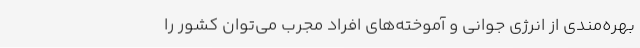
بهره‌مندی از انرژی‌ جوانی و آموخته‌های افراد مجرب می‌توان کشور را